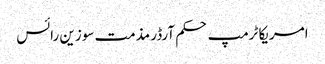
امریکا ٹرمپ حکم آرڈر مذمت سوزین رائس